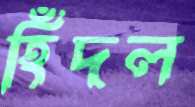
হিঁদল